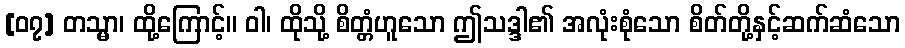
[၀၇] တသ္မာ၊ ထို့ကြောင့်။ ဝါ၊ ထိုသို့ စိတ္တံဟူသော ဤသဒ္ဒါ၏ အလုံးစုံသော စိတ်တို့နှင့်ဆက်ဆံသော